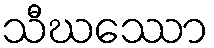
သီဃဿော